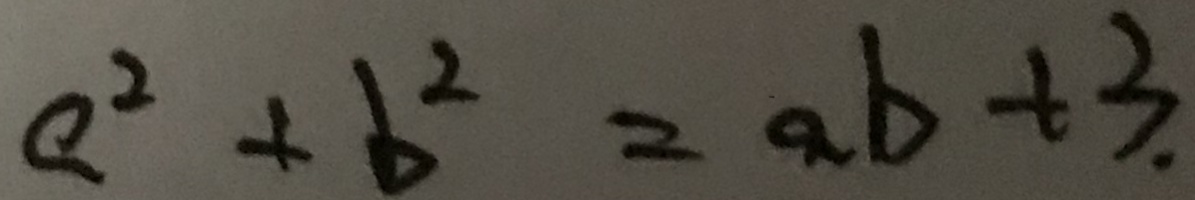
a ^ { 2 } + b ^ { 2 } = a b + 3 .